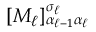
[ M _ { \ell } ] _ { \alpha _ { \ell - 1 } \alpha _ { \ell } } ^ { \sigma _ { \ell } }